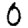
Digit: 0